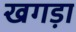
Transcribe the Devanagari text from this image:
खगड़ा